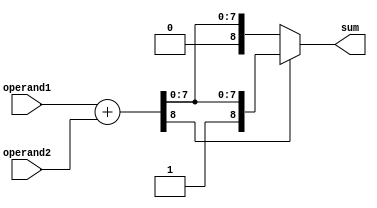
module BehavioralAdder(
  input wire [7:0] operand1,
  input wire [7:0] operand2,
  output wire [8:0] sum
);

reg [8:0] sum_reg;

always @(*) begin
  sum_reg = {1'b0, operand1} + {1'b0, operand2};

  if(sum_reg[8] == 1) begin
    sum = {1'b1, sum_reg[7:0]};
  end
  else begin
    sum = sum_reg[8:0];
  end
end

endmodule